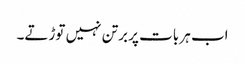
اب ہر بات پر برتن نہیں توڑتے۔